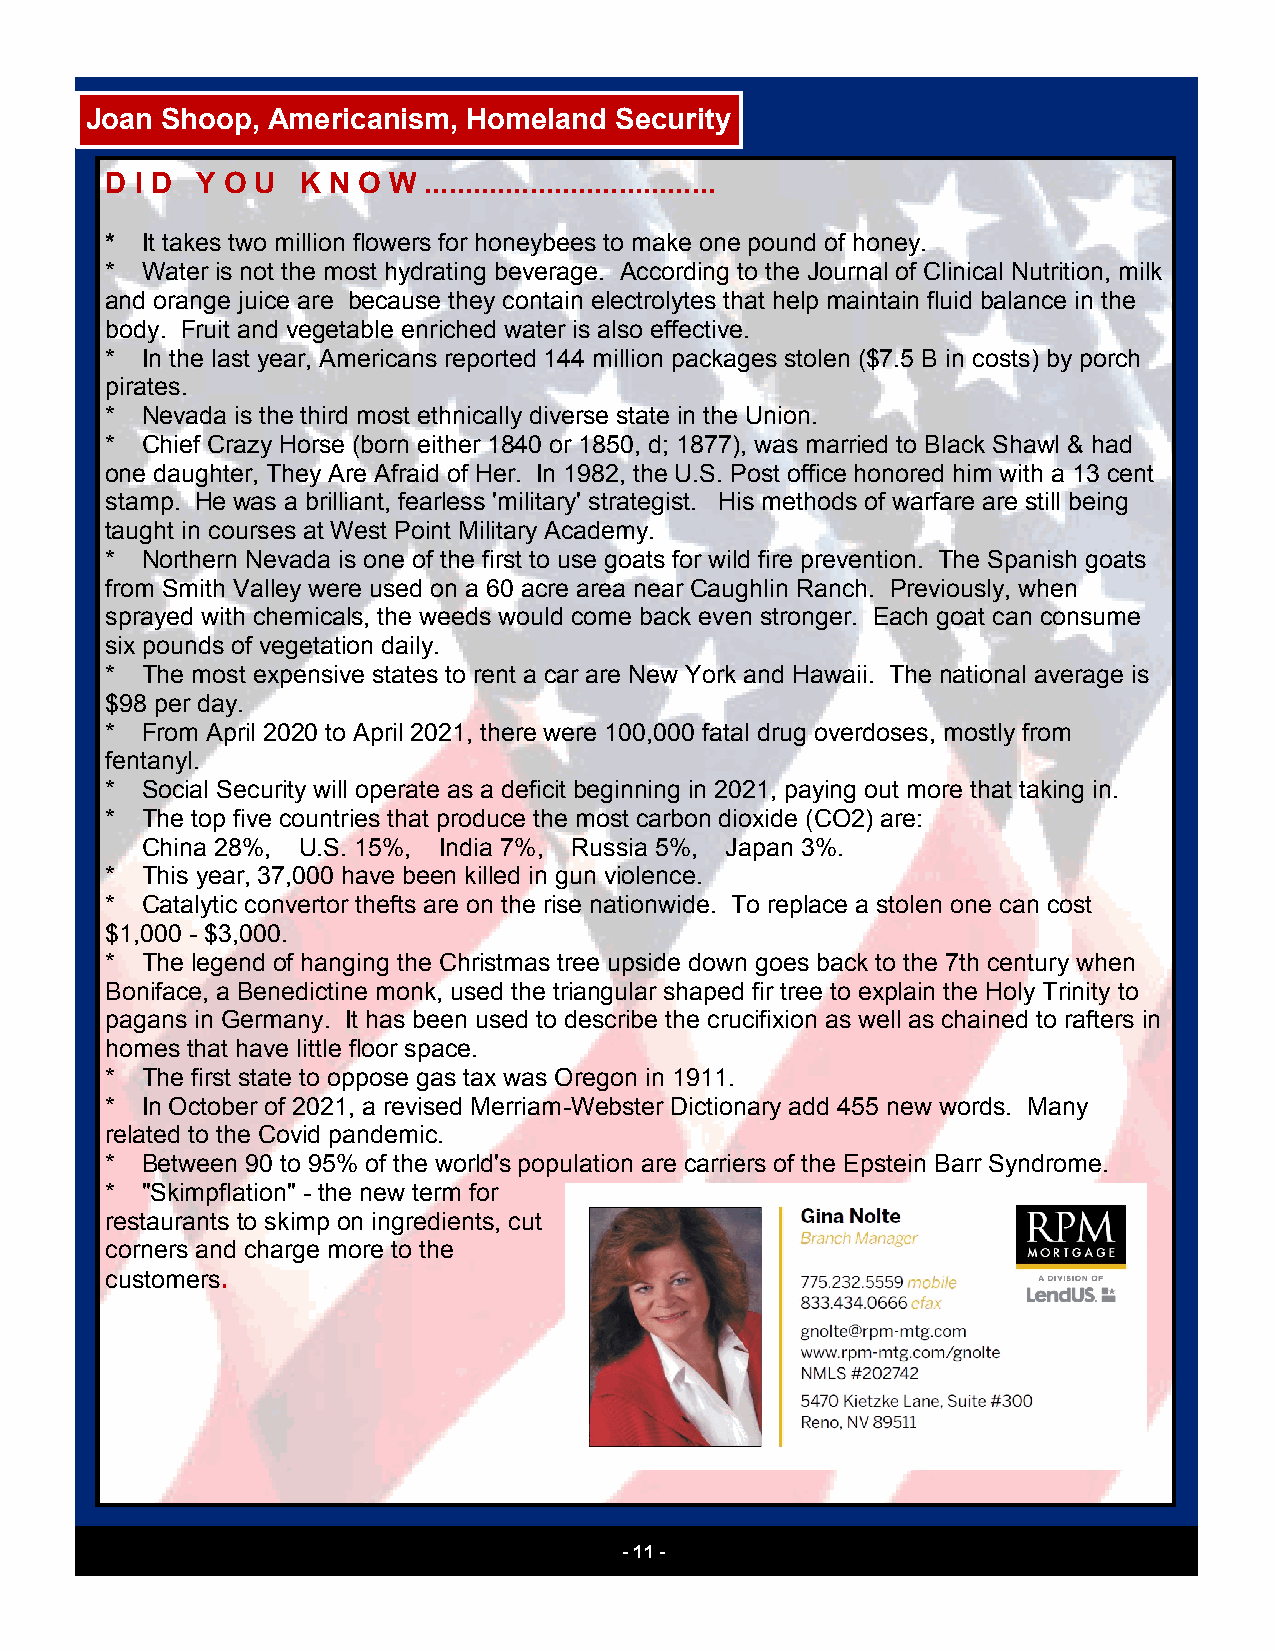
Joan Shoop, Americanism, Homeland  Security
 D I D Y O U  K N O W ....................................
 * It takes two million flowers for honeybees to make one pound of honey.
 * Water is not the most hydrating beverage. According to the Journal of Clinical Nutrition, milk
 and orange juice are because they contain electrolytes that help maintain fluid balance in the
 body. Fruit and vegetable enriched water is also effective.
 * In the last year, Americans reported 144 million packages stolen ($7.5 B in costs) by porch
 pirates.
 * Nevada is the third most ethnically diverse state in the Union.
 * Chief Crazy Horse (born either 1840 or 1850, d; 1877), was married to Black Shawl & had
 one daughter, They Are Afraid of Her. In 1982, the U.S. Post office honored him with a 13 cent
 stamp. He was a brilliant, fearless 'military' strategist. His methods of warfare are still being
 taught in courses at West Point Military Academy.
 * Northern Nevada is one of the first to use goats for wild fire prevention. The Spanish goats
 from Smith Valley were used on a 60 acre area near Caughlin Ranch. Previously, when
 sprayed with chemicals, the weeds would come back even stronger. Each goat can consume
 six pounds of vegetation daily.
 * The most expensive states to rent a car are New York and Hawaii. The national average is
 $98 per day.
 * From April 2020 to April 2021, there were 100,000 fatal drug overdoses, mostly from
 fentanyl.
 * Social Security will operate as a deficit beginning in 2021, paying out more that taking in.
 * The top five countries that produce the most carbon dioxide (CO2) are:
 China 28%, U.S. 15%, India 7%, Russia 5%, Japan 3%.
 * This year, 37,000 have been killed in gun violence.
 * Catalytic convertor thefts are on the rise nationwide. To replace a stolen one can cost
 $1,000 - $3,000.
 * The legend of hanging the Christmas tree upside down goes back to the 7th century when
 Boniface, a Benedictine monk, used the triangular shaped fir tree to explain the Holy Trinity to
 pagans in Germany. It has been used to describe the crucifixion as well as chained to rafters in
 homes that have little floor space.
 * The first state to oppose gas tax was Oregon in 1911.
 * In October of 2021, a revised Merriam-Webster Dictionary add 455 new words. Many
 related to the Covid pandemic.
 * Between 90 to 95% of the world's population are carriers of the Epstein Barr Syndrome.
 * "Skimpflation" - the new term for
 restaurants to skimp on ingredients, cut
 corners and charge more to the
 customers.
 - 11 -